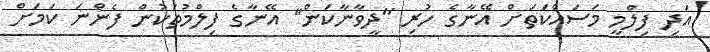
އަދި ފިލްމީ މަސައްކަތަށް އޭނާގެ ހުރި "ދީވާނާކަން" އޭނާގެ ފިލްމުތަކުން ފެންނަ ކަމަށް